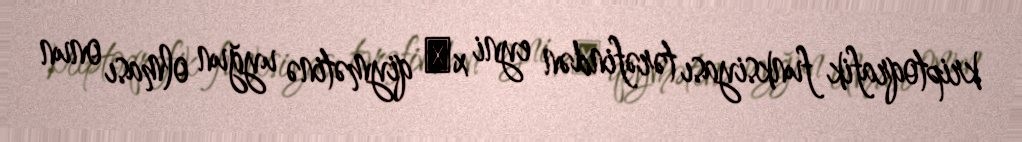
kriptoqrafik funksiyası tərəfindən eyni xμ qiymətinə uyğun olması onun